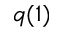
q ( 1 )